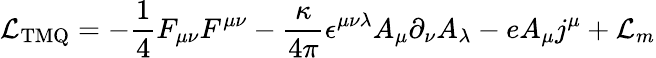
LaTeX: {\cal L}_{\mathrm{TMQ}}=-\frac{1}{4}F_{\mu\nu}F^{\mu\nu}-\frac{\kappa}{4\pi}\epsilon^{\mu\nu\lambda}A_{\mu}\partial_{\nu}A_{\lambda}-eA_{\mu}j^{\mu}+{\cal L}_{m}